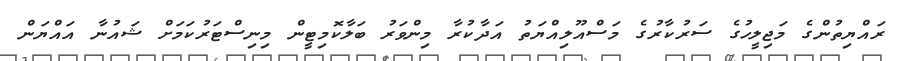
ރައްޔިތުންގެ މަޖިލީހުގެ ސަރުކާރުގެ މަސްއޫލިއްޔަތު އަދާކުރާ މިންވަރު ބަލާކޮމިޓީން މިނިސްޓަރުކަމަށް ޝައުނާ އައްޔަން